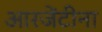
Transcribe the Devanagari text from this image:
आरजेंटीना